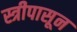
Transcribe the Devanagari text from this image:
स्त्रीपासून